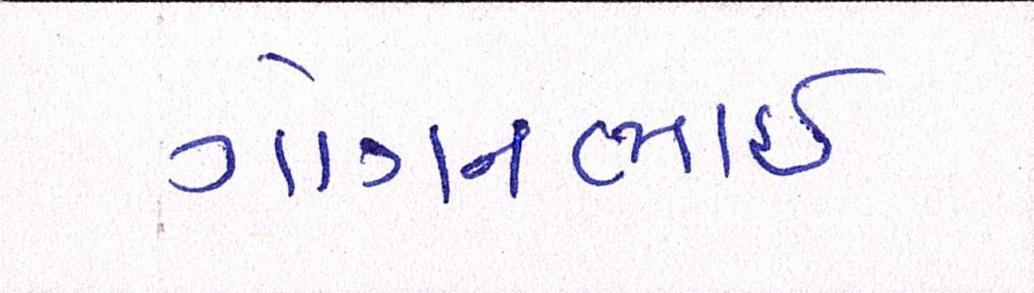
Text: ગોગનભાઇ